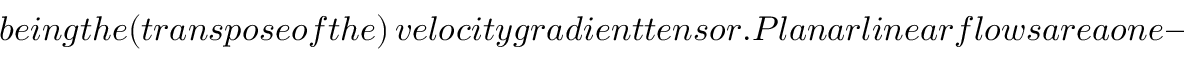
b e i n g t h e ( t r a n s p o s e o f t h e ) \, v e l o c i t y g r a d i e n t t e n s o r . P l a n a r l i n e a r f l o w s a r e a o n e - p a r a m e t e r f a m i l y w i t h